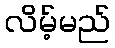
လိမ့်မည်